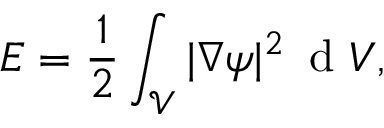
E = \frac { 1 } { 2 } \int _ { \mathcal { V } } | \nabla \psi | ^ { 2 } \, \textrm { d } V ,